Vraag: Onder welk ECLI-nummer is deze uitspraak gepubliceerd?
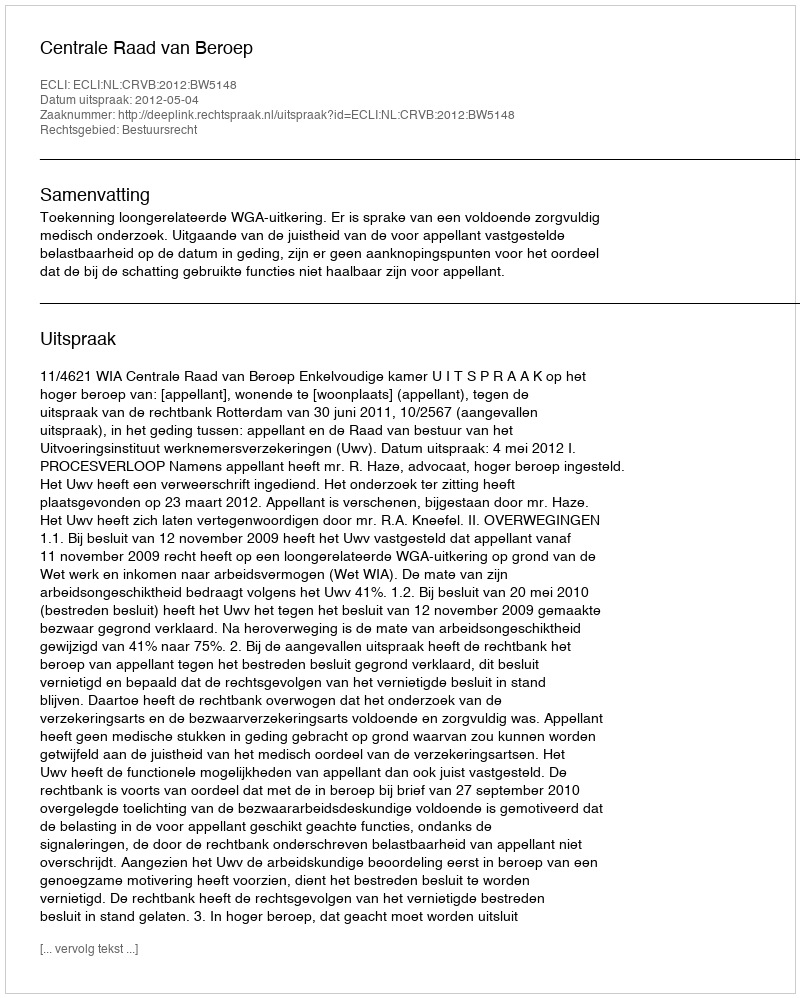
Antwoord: ECLI:NL:CRVB:2012:BW5148